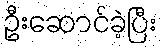
ဦးဆောင်ခဲ့ပြီး